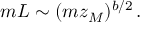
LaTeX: m L \sim ( m z _ { M } ) ^ { b / 2 } \, .